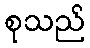
စုသည်